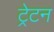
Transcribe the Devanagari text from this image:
ट्रेटन